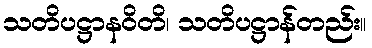
သတိပဋ္ဌာနဝိတိ၊ သတိပဋ္ဌာန်တည်း။